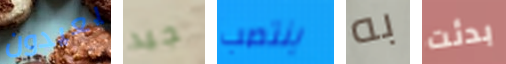
يعيدون جيد ينتصب به بدئت